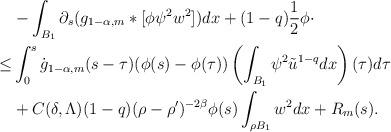
LaTeX: \begin{align*}& -\int_{B_{1}}\partial_{s}(g_{1-\alpha,m}*[\phi\psi^{2}w^{2}])dx + (1-q)\frac{1}{2}\phi \cdot \\\leq & \int_{0}^{s}\dot{g}_{1-\alpha,m}(s-\tau)(\phi(s)-\phi(\tau))\left( \int_{B_{1}}\psi^{2}\tilde{u}^{1-q}dx \right)(\tau)d\tau \\& + C(\delta,\Lambda)(1-q)(\rho-\rho')^{-2\beta}\phi(s)\int_{\rho B_{1}}w^{2}dx + R_{m}(s).\end{align*}